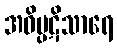
အဝိပ္ပဋိသာရေ